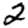
Digit: 2